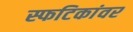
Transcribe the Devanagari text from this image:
स्फटिकांवर